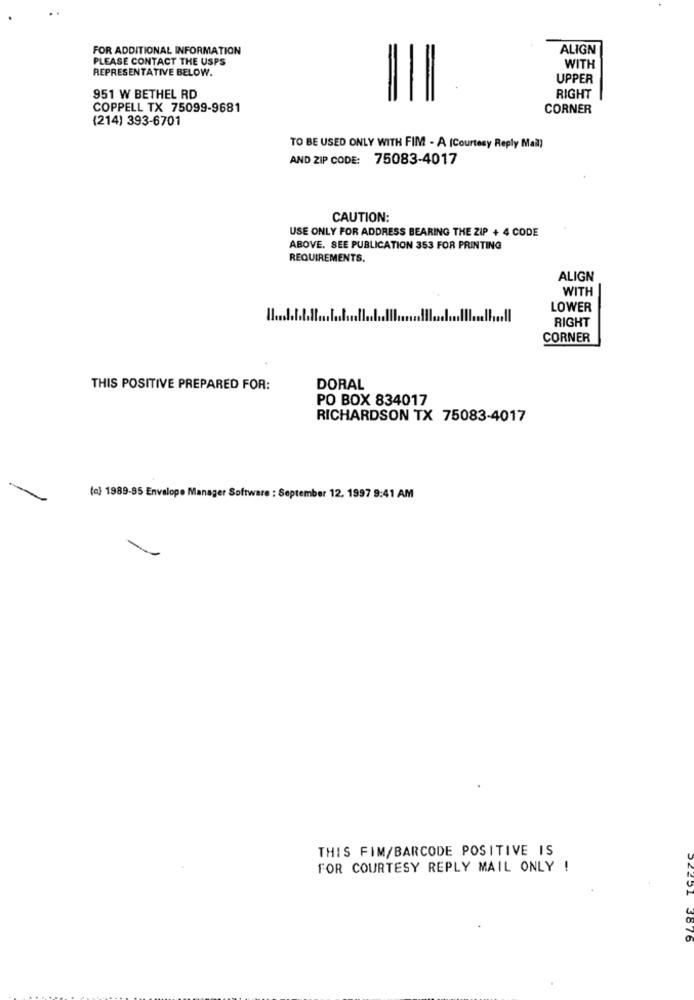
FOR ADDITIONAL INFORMATION
ALIGN
PLEASE CONTACT THE USPS
REPRESENTATIVE BELOW.
WITH
UPPER
951 W BETHEL RD
RIGHT
COPPELL TX 75099-9681
CORNER
(214) 393-6701
TO BE USED ONLY WITH FIM - A (Courtesy Reply Mail)
AND ZIP CODE: 75083-4017
CAUTION:
USE ONLY FOR ADDRESS BEARING THE ZIP + 4 CODE
ABOVE. SEE PUBLICATION 353 FOR PRINTING
REQUIREMENTS.
ALIGN
WITH
LOWER
RIGHT
CORNER
THIS POSITIVE PREPARED FOR:
DORAL
PO BOX 834017
RICHARDSON TX 75083-4017
(e) 1989-95 Envelope Manager Software : September 12. 1997 9:41 AM
THIS FIM/BARCODE POSITIVE IS
FOR COURTESY REPLY MAIL ONLY !
3676